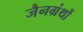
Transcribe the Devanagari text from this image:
जैनग्रंथों